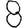
Digit: 8